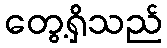
တွေ့ရှိသည်